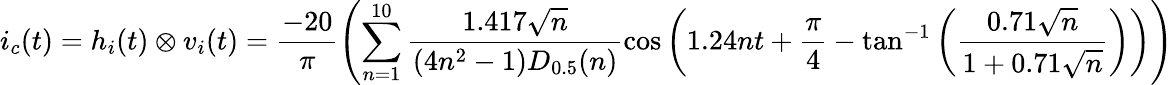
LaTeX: i_{c}(t)=h_{i}(t)\otimes v_{i}(t)=\frac{-20}{\pi}\left(\sum_{n=1}^{10}\frac{1.417\sqrt{n}}{(4n^{2}-1)D_{0.5}(n)}\cos\left(1.24nt+\frac{\pi}{4}-\tan^{-1}\left(\frac{0.71\sqrt{n}}{1+0.71\sqrt{n}}\right)\right)\right)